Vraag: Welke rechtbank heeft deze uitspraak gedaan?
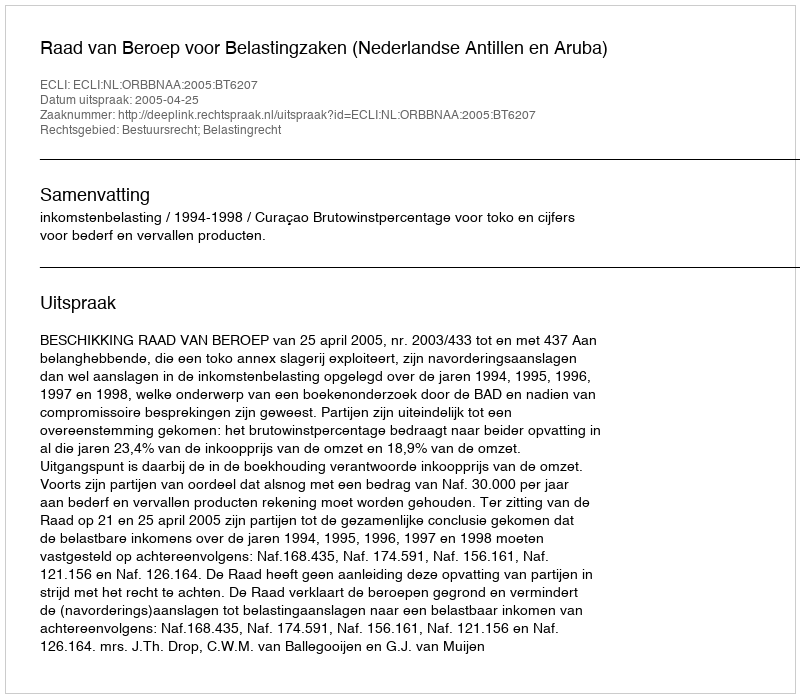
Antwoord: Raad van Beroep voor Belastingzaken (Nederlandse Antillen en Aruba)